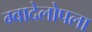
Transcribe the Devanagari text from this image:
ग्वादेलोपला